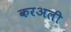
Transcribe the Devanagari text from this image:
करअली